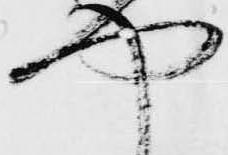
や